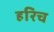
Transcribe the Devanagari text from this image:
हरिच